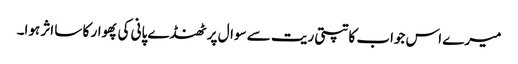
میرے اس جواب کا تپتی ریت سے سوال پر ٹھنڈے پانی کی پھوار کا سا اثر ہوا۔